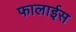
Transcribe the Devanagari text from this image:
फालाईस